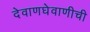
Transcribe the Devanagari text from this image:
देवाणघेवाणीची